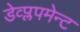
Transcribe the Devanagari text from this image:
डेव्प्लपमेन्ट